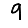
Digit: 9